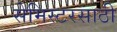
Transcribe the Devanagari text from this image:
सेमिस्टरसाठी